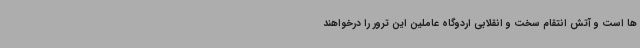
ها است و آتش انتقام سخت و انقلابی اردوگاه عاملین این ترور را درخواهند